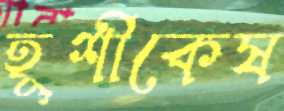
হূশীকেষ